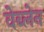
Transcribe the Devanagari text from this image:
वेब्लेन